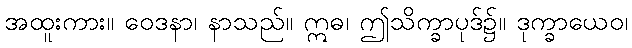
အထူးကား။ ဝေဒနာ၊ နာသည်။ ဣဓ၊ ဤသိက္ခာပုဒ်၌။ ဒုက္ခာယေဝ၊